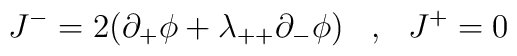
J^- =2(\partial_+\phi+\lambda_{++}\partial_-\phi)\;\;\;\mbox{,}\;\;\;J^+=0